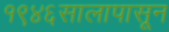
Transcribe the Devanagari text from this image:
१९४६सालापासून